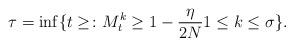
LaTeX: \begin{align*}\tau = \inf \{t \geq \colon M^k_t \geq 1 - \frac{\eta}{2 N} 1 \leq k \leq \sigma \}.\end{align*}